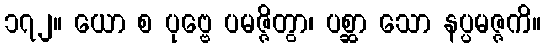
၁၇၂။ ယော စ ပုဗ္ဗေ ပမဇ္ဇိတွာ၊ ပစ္ဆာ သော နပ္ပမဇ္ဇကိ။